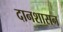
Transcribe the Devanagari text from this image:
दानशासन